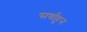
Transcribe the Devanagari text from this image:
सर्वाहून